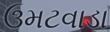
ઉમટવાડા